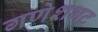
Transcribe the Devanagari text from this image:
गणेशभट